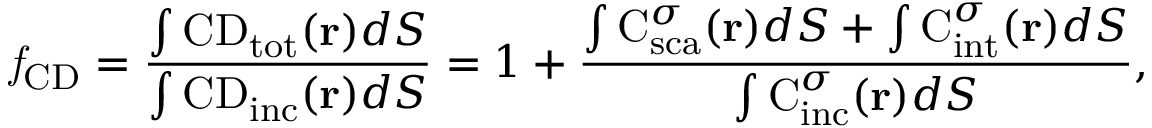
\mathit { f } _ { \mathrm { { C D } } } = \frac { \int \mathrm { { C D } } _ { \mathrm { { t o t } } } ( { \bf r } ) d S } { \int \mathrm { { C D } } _ { \mathrm { { i n c } } } ( { \bf r } ) d S } = 1 + \frac { \int \mathrm { { C } } _ { \mathrm { { s c a } } } ^ { \sigma } ( { \bf r } ) d S + \int \mathrm { { C } } _ { \mathrm { { i n t } } } ^ { \sigma } ( { \bf r } ) d S } { \int \mathrm { { C } } _ { \mathrm { { i n c } } } ^ { \sigma } ( { \bf r } ) d S } ,